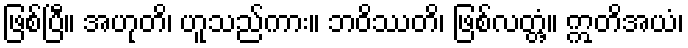
ဖြစ်ပြီ။ အဟုတိ၊ ဟူသည်ကား။ ဘဝိဿတိ၊ ဖြစ်လတ္တံ့။ ဣတိအယံ၊